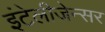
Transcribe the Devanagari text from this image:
इंटेलीजेन्सर